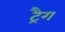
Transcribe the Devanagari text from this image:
ट्रैग